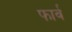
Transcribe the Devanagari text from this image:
फार्व